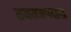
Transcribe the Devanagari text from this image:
ठवसजपदहद्ध